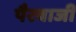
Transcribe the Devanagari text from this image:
पैरबाजी